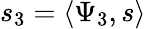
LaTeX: s_{3}=\langle\Psi_{3},s\rangle